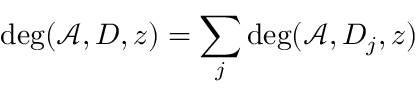
\deg ( \mathcal { A } , D , z ) = \sum _ { j } \deg ( \mathcal { A } , D _ { j } , z )